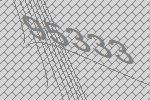
95333